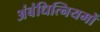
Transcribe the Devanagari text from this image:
अंबंधित्नियमों